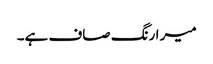
میر ا رنگ صاف ہے۔